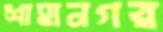
শাহানগর